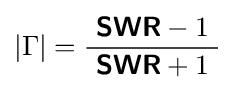
\left|\Gamma \right|={\frac {\ {\boldsymbol {\mathsf {SWR}}}-1\ }{{\boldsymbol {\mathsf {SWR}}}+1}}